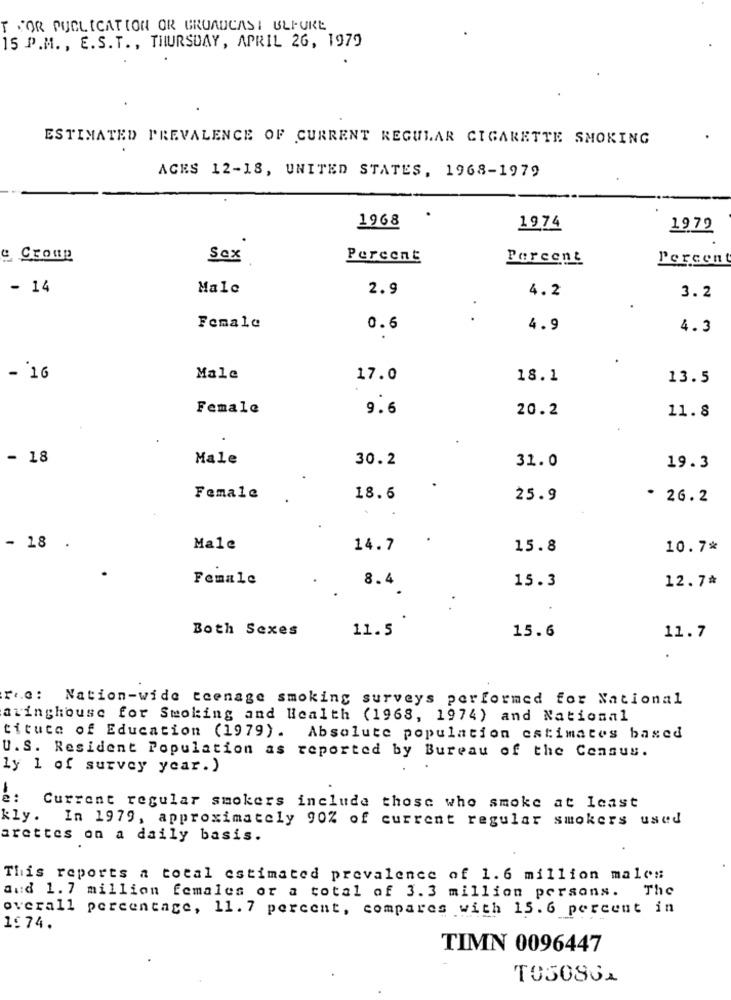
T JOR PUBLICATION OR GRUADCASI ULFURE
15 P.M. , E.S.T ., THURSDAY, APRIL 26, 1979
ESTIMATED PREVALENCE OF CURRENT REGULAR CIGARETTE SMOKING
ACES 12-18, UNITED STATES, 1968-1979
1968
1974
1979
Sex
Percent
Percent
Percent
- 14
Male
2.9
4.2
3.2
. .
Female
0.6
4.9
4.3
- '16
Male
17.0
18.1
13.5
Female
9.6
20.2
11.8
- 18
Male
30.2
31.0
19.3
Female
18.6
25.9
. 26.2
- 18 .
Male
14.7
15.8
10.7%
Female
8.4
15.3
12.7%
Both Sexes
11.5
15.6
11.7
re: Nation-wide teenage smoking surveys performed for National
aringhouse for Smoking and Health (1968, 1974) and National
tituce of Education (1979). Absolute population estimates based
U. S. Resident Population as reported by Bureau of the Census.
ly 1 of survey year.)
Current regular smokers include those who smoke at least
kly.
In 1979, approximately 90% of current regular smokers used
arettes on a daily basis.
This reports a total estimated prevalence of 1.6 million males
and 1.7 million females or a total of 3.3 million persons. The
overall percentage, 11. 7 percent, compares with 15.6 percent in
1.74.
TIMN 0096447
TO5093A